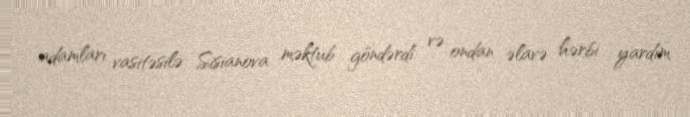
adamları vasitəsilə Sisianova məktub göndərdi və ondan əlavə hərbi yardım